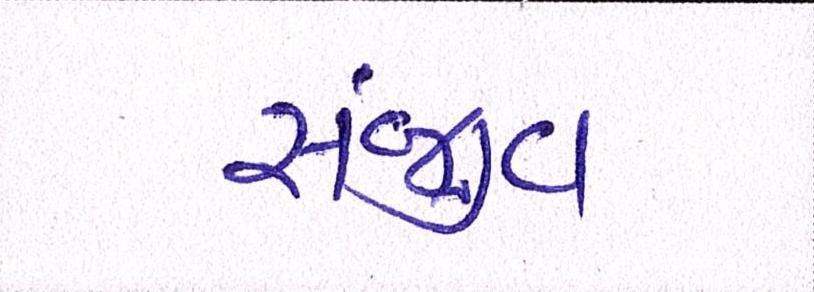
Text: સંજીવ